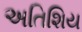
અતિશિય